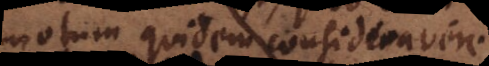
motum quidem consideravere